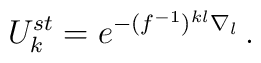
U_{k}^{st} = e^{-(f^{-1})^{kl}\nabla_{l}} \, .